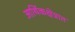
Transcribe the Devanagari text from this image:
आर्थिकक्षेत्रात